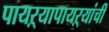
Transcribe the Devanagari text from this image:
पायऱ्यापायऱ्यांची